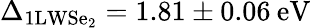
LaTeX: \Delta_{\mathrm{1LWSe_{2}}}=1.81\pm 0.06\: \mathrm{eV}